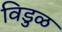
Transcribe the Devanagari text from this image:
विडुळ